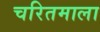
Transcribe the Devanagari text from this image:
चरितमाला